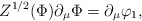
\begin{align*}Z^{1/2} (\Phi) \partial_\mu \Phi = \partial_\mu \varphi_1,\end{align*}